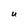
Character: U